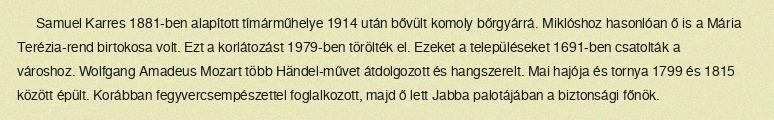
Samuel Karres 1881-ben alapított tímárműhelye 1914 után bővült komoly bőrgyárrá. Miklóshoz hasonlóan ő is a Mária Terézia-rend birtokosa volt. Ezt a korlátozást 1979-ben törölték el. Ezeket a településeket 1691-ben csatolták a városhoz. Wolfgang Amadeus Mozart több Händel-művet átdolgozott és hangszerelt. Mai hajója és tornya 1799 és 1815 között épült. Korábban fegyvercsempészettel foglalkozott, majd ő lett Jabba palotájában a biztonsági főnök.